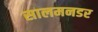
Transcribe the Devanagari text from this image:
सालमनडर